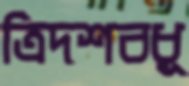
ত্রিদশবধূ